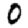
Digit: 0